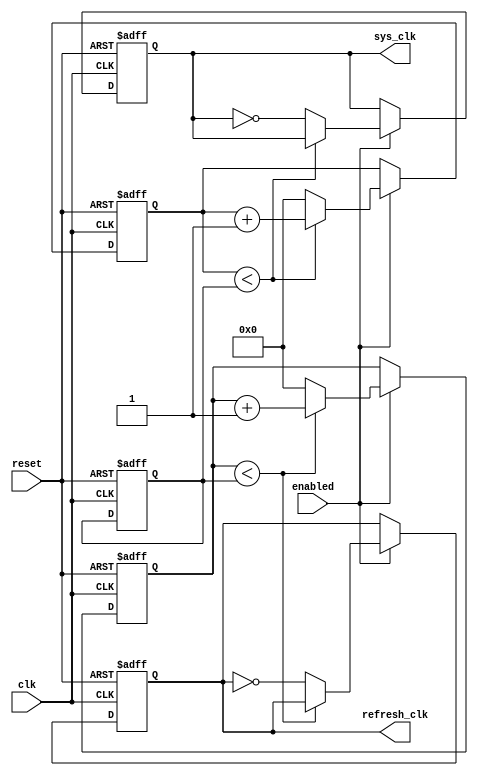
module clock_divider(
  input wire clk,
  input wire reset,
  input wire enabled,
  output reg refresh_clk,
  output reg sys_clk
  );
  
  reg [8:0] counter1; 
  reg [8:0] counter2;
  reg [8:0] clk_divid;

  always@(posedge clk or negedge reset)
    begin
      if( ~reset )
        begin
          refresh_clk <= 1;
          sys_clk <= 0;
          counter1 <= 0;
          counter2 <= 63;
          clk_divid <= 100;
        end
      else if( enabled )
        begin
          clk_divid <= clk_divid;
          if( counter1 < clk_divid )
            begin
              counter1 <= counter1 + 1;
              refresh_clk <= refresh_clk;
            end
          else
            begin
              refresh_clk <= !refresh_clk;
              counter1 <= 0;
            end
          if( counter2 < clk_divid )
            begin
              counter2 <= counter2 + 1;
              sys_clk <= sys_clk;
            end
          else
            begin
              sys_clk <= !sys_clk;
              counter2 <= 0;
            end
        end
    end
endmodule